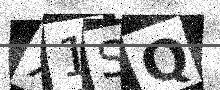
Text: X1SQ